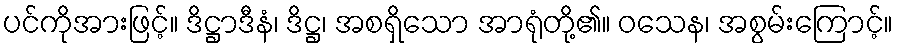
ပင်ကိုအားဖြင့်။ ဒိဋ္ဌာဒီနံ၊ ဒိဋ္ဌ၊ အစရှိသော အာရုံတို့၏။ ဝသေန၊ အစွမ်းကြောင့်။